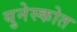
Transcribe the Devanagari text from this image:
युनेस्कोत